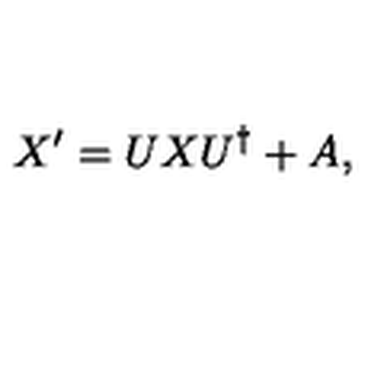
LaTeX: X ^ { \prime } = U X U ^ { \dagger } + A ,